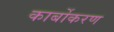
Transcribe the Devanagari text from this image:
कार्बोकरण